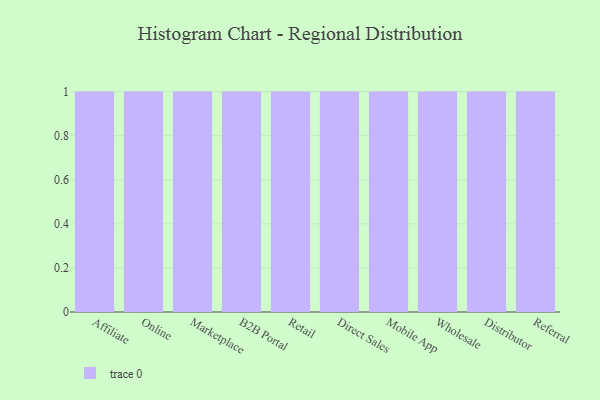
{"axis": {"x": "Channel", "y": "Waste Production (Tons)"}, "legend": [""], "data": [{"x": "Affiliate", "y": 8, "type": ""}, {"x": "Online", "y": 85, "type": ""}, {"x": "Marketplace", "y": 81, "type": ""}, {"x": "B2B Portal", "y": 71, "type": ""}, {"x": "Retail", "y": 100, "type": ""}, {"x": "Direct Sales", "y": 30, "type": ""}, {"x": "Mobile App", "y": 95, "type": ""}, {"x": "Wholesale", "y": 76, "type": ""}, {"x": "Distributor", "y": 90, "type": ""}, {"x": "Referral", "y": 13, "type": ""}]}